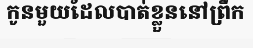
កូនមួយដែលបាត់ខ្លួននៅព្រឹក